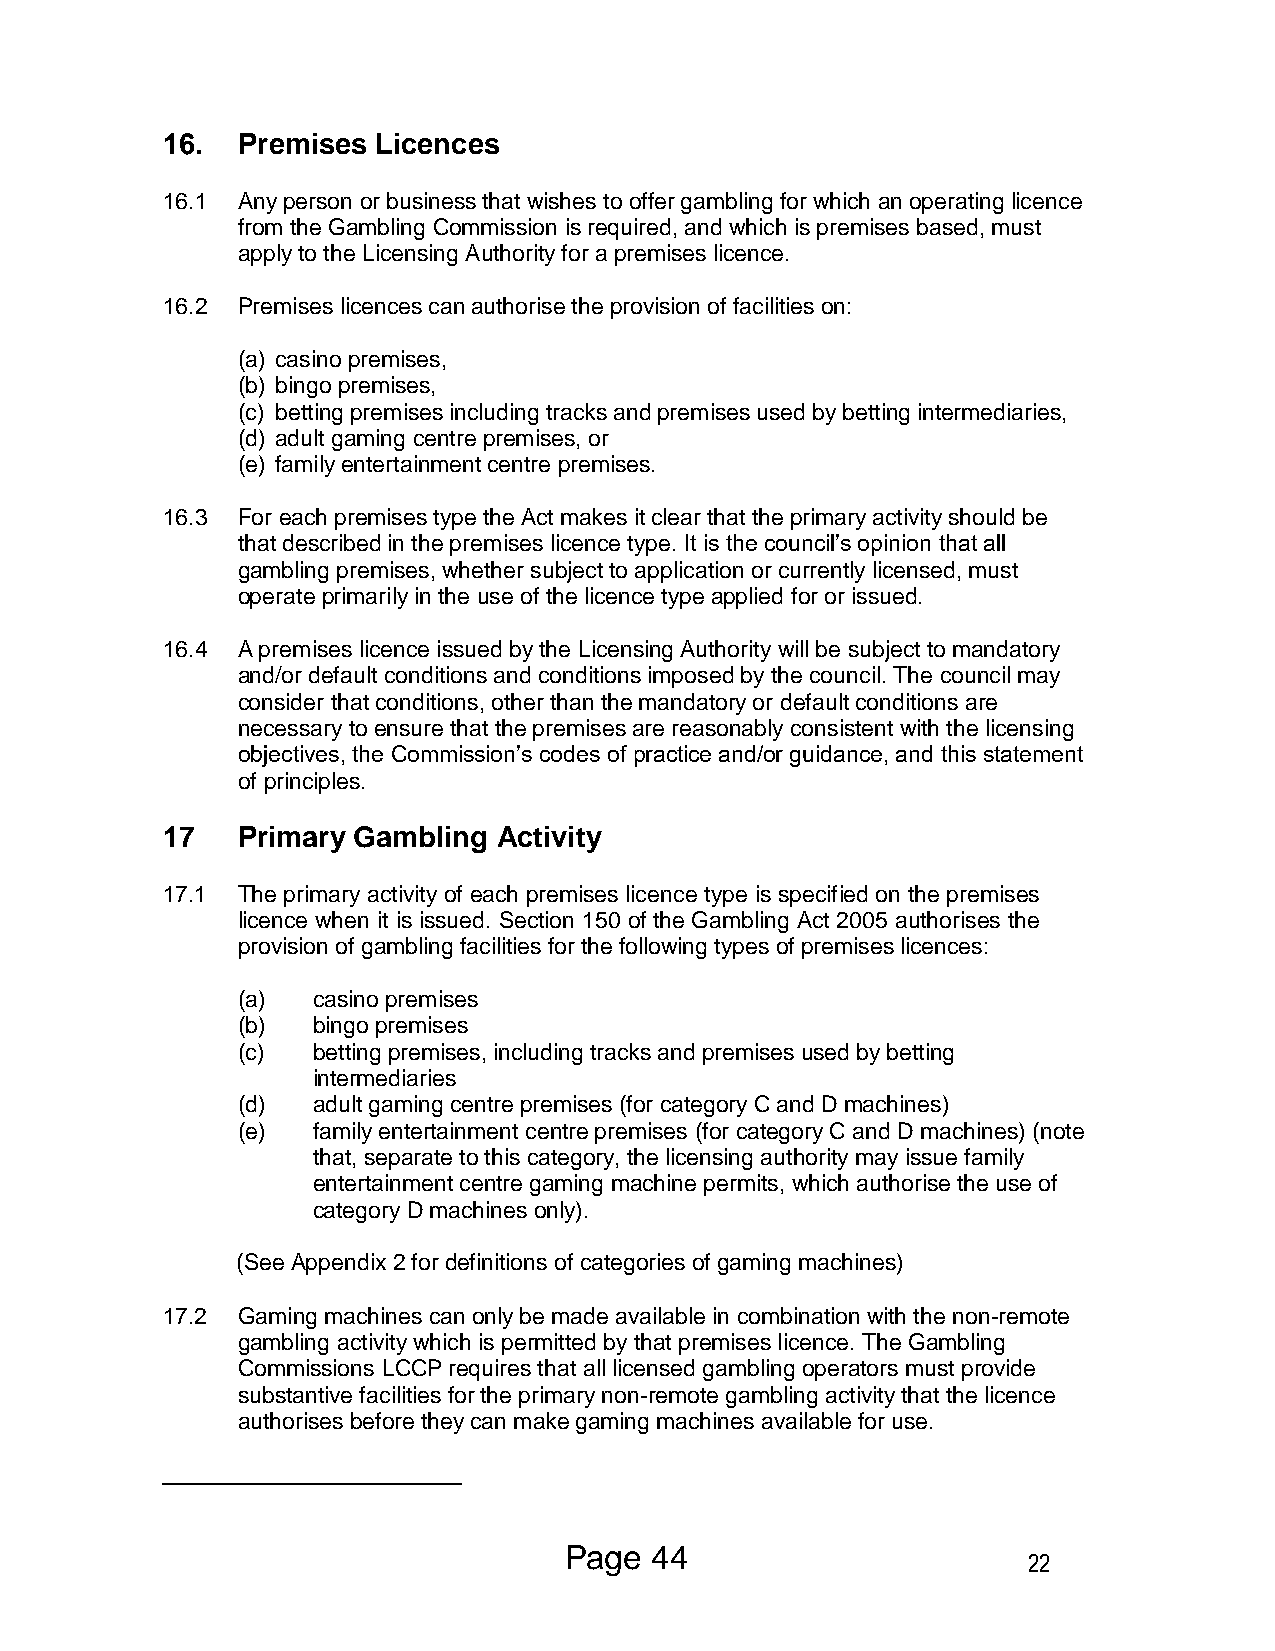
16.  Premises Licences
 16.1 Any person or business that wishes to offer gambling for which an operating licence
 from the Gambling Commission is required, and which is premises based, must
 apply to the Licensing Authority for a premises licence.
 16.2 Premises licences can authorise the provision of facilities on:
 (a) casino premises,
 (b) bingo premises,
 (c) betting premises including tracks and premises used by betting intermediaries,
 (d) adult gaming centre premises, or
 (e) family entertainment centre premises.
 16.3 For each premises type the Act makes it clear that the primary activity should be
 that described in the premises licence type. It is the council’s opinion that all
 gambling premises, whether subject to application or currently licensed, must
 operate primarily in the use of the licence type applied for or issued.
 16.4 A premises licence issued by the Licensing Authority will be subject to mandatory
 and/or default conditions and conditions imposed by the council. The council may
 consider that conditions, other than the mandatory or default conditions are
 necessary to ensure that the premises are reasonably consistent with the licensing
 objectives, the Commission’s codes of practice and/or guidance, and this statement
 of principles.
 17   Primary Gambling Activity
 17.1 The primary activity of each premises licence type is specified on the premises
 licence when it is issued. Section 150 of the Gambling Act 2005 authorises the
 provision of gambling facilities for the following types of premises licences:
 (a)  casino premises
 (b)  bingo premises
 (c)  betting premises, including tracks and premises used by betting
 intermediaries
 (d)  adult gaming centre premises (for category C and D machines)
 (e)  family entertainment centre premises (for category C and D machines) (note
 that, separate to this category, the licensing authority may issue family
 entertainment centre gaming machine permits, which authorise the use of
 category D machines only).
 (See Appendix 2 for definitions of categories of gaming machines)
 17.2 Gaming machines can only be made available in combination with the non-remote
 gambling activity which is permitted by that premises licence. The Gambling
 Commissions LCCP requires that all licensed gambling operators must provide
 substantive facilities for the primary non-remote gambling activity that the licence
 authorises before they can make gaming machines available for use.
 Page  44
 22